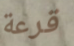
قرعة